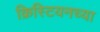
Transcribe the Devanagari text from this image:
क्रिस्टियनच्या